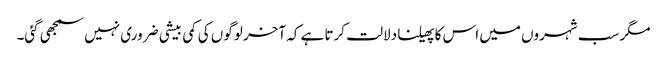
مگر سب شہروں میں اس کا پھیلنا دلالت کرتا ہے کہ آخر لوگوں کی کمی بیشی ضروری نہیں سمجھی گئی۔